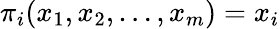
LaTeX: \pi_{i}(x_{1},x_{2},\ldots,x_{m})=x_{i}